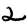
Digit: 2